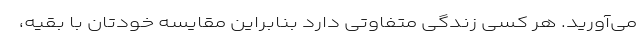
می‌آورید. هر کسی زندگی متفاوتی دارد بنابراین مقایسه خودتان با بقیه،